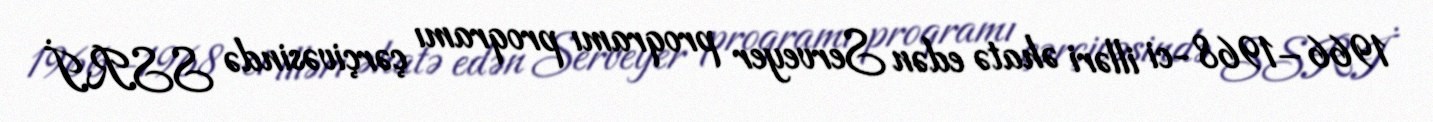
1966–1968-ci illəri əhatə edən Serveyer proqramı proqramı çərçivəsində SSRİ